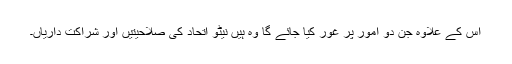
اس کے علاوہ جن دو امور پر غور کیا جائے گا وہ ہیں نیٹو اتحاد کی صلاحیتیں اور شراکت داریاں۔